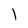
Character: l